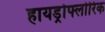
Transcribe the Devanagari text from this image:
हायड्रोफ्लोरिक